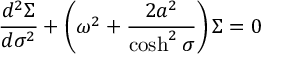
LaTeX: \frac { d ^ { 2 } \Sigma } { d \sigma ^ { 2 } } + \left( { \omega } ^ { 2 } + \frac { 2 a ^ { 2 } } { \cosh ^ { 2 } \sigma } \right) \Sigma = 0